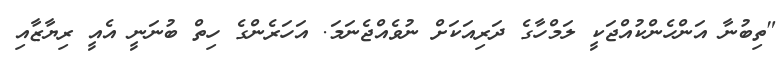
"ތިބުނާ އަންހެންކުއްޖަކީ ލަމްހާގެ ދަރިއަކަށް ނުވެއްޖެނަމަ. އަހަރެންގެ ހިތް ބުނަނީ އެއީ ރިޔާޒާއި